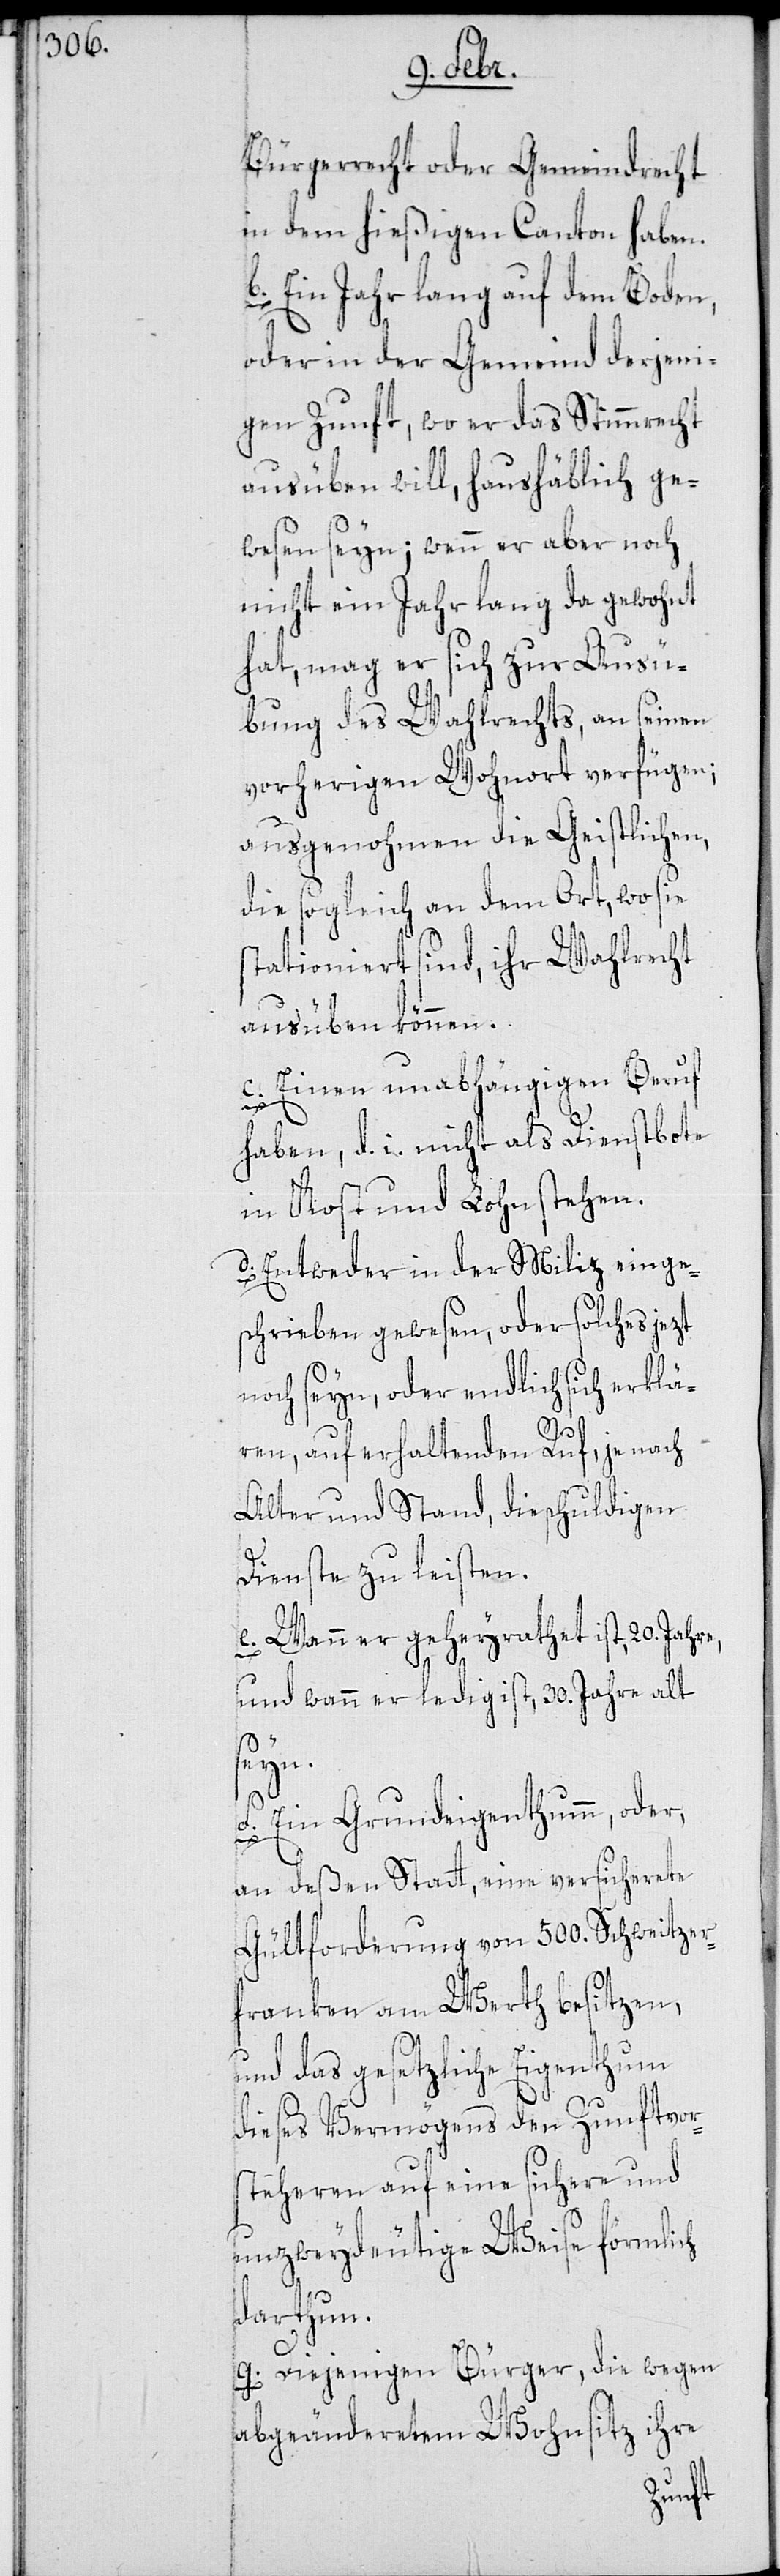
Bürgerrecht oder Gemeindrecht
in dem hießigen Canton haben.
b. Ein Jahr lang auf dem Boden,
oder in der Gemeind derjeni¬
gen Zunft, wo er das Stimmrecht
ausüben will, haushäblich ge¬
wesen seyn; wenn er aber noch
nicht ein Jahr lang da gewohnt
hat, mag er sich zur Ausü¬
bung des Wahlrechts, an seinen
vorherigen Wohnort verfügen;
ausgenohmen die Geistlichen,
die sogleich an dem Ort, wo sie
stationiert sind, ihr Wahlrecht
ausüben können.
c. Einen unabhängigen Beruf
haben, d. i. nicht als Dienstbote
in Kost und Lohn stehen.
d. Entweder in der Miliz einge¬
schrieben gewesen, oder solches jezt
noch seyn, oder endlich sich erklä¬
ren, auf erhaltenden Ruf, je nach
Alter und Stand, die schuldigen
Dienste zu leisten.
e. Wann er geheyrathet ist, 20. Jahre,
und wann er ledig ist, 30. Jahre alt
seyn.
f. Ein Grundeigenthumm, oder,
an deßen Statt eine versicherete
Gultforderung von 500. Schweitzer¬
franken am Werth besitzen,
und das gesetzliche Eigenthum
dieses Vermögens den Zunftvor¬
steheren auf eine sichere und
unzweydeutige Weise förmlich
darthun.
g. Diejenigen Bürger, die wegen
abgeändertem Wohnsitz ihre